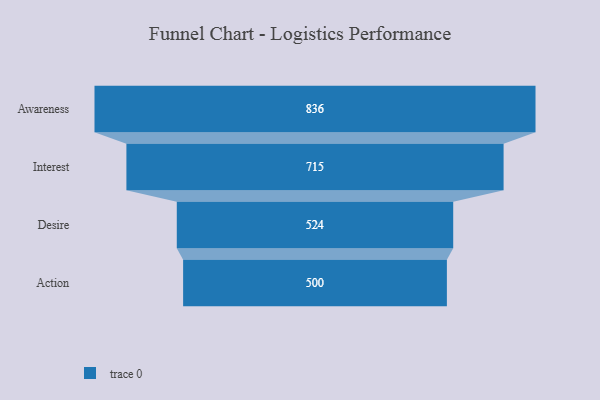
{"axis": {"x": "Stage", "y": "Value"}, "legend": [""], "data": [{"x": "Awareness", "y": 836.0, "type": ""}, {"x": "Interest", "y": 715.0, "type": ""}, {"x": "Desire", "y": 524.0, "type": ""}, {"x": "Action", "y": 500, "type": ""}]}